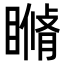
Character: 𥊕